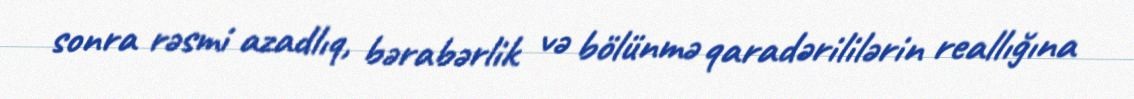
sonra rəsmi azadlıq, bərabərlik və bölünmə qaradərililərin reallığına